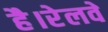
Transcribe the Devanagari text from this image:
है।रेलवे